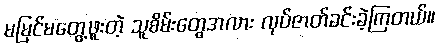
မမြင်မတွေ့ဖူးတဲ့ သူစိမ်းတွေအလား လုပ်ဇာတ်ခင်းခဲ့ကြတယ်။